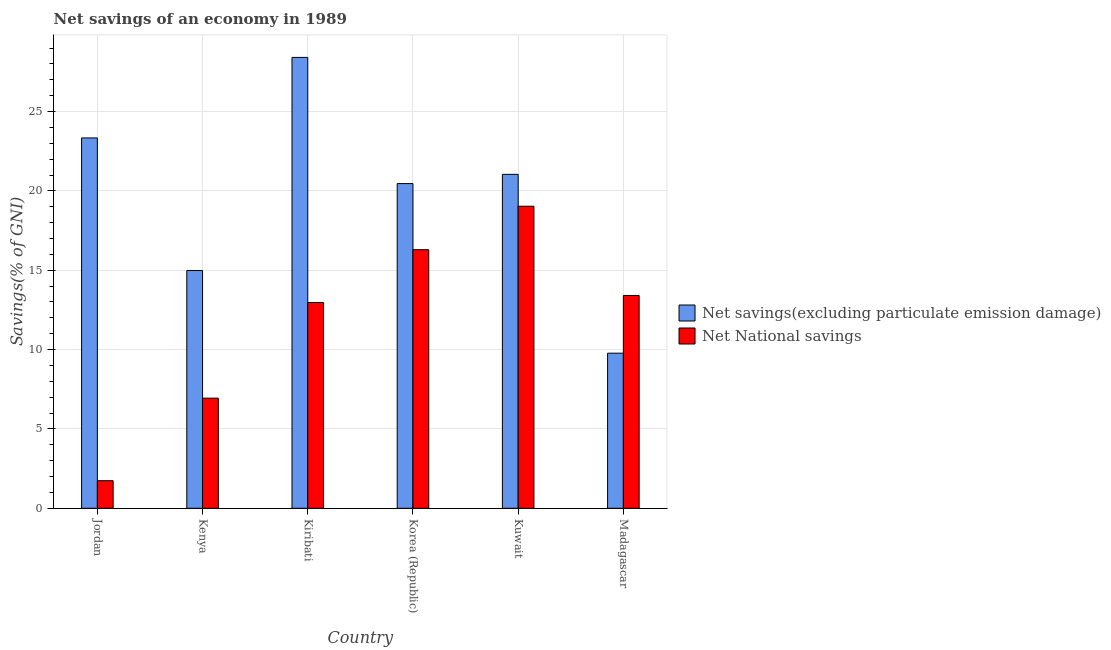
| Country | Net savings(excluding particulate emission damage) | Net National savings |
 | --- | --- | --- |
 | Jordan | 23.3 | 1.74 |
 | Kenya | 15 | 6.94 |
 | Kiribati | 28.4 | 13 |
 | Korea (Republic) | 20.5 | 16.3 |
 | Kuwait | 21 | 19 |
 | Madagascar | 9.77 | 13.4 |